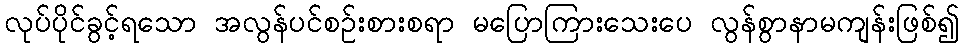
လုပ်ပိုင်ခွင့်ရသော အလွန်ပင်စဉ်းစားစရာ မပြောကြားသေးပေ လွန်စွာနာမကျန်းဖြစ်၍